Lunatic asylums Central Provinces reports 1874-1885 - 1874-1885
Year: 1874
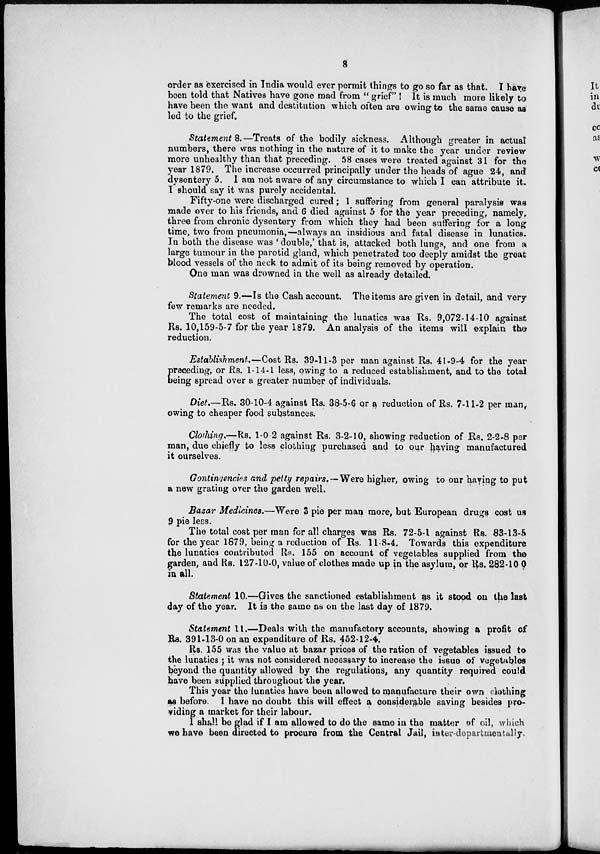
8
order as exercised in India would ever permit things to go so far as that. I have
been told that Natives have gone mad from "grief"
It is much more likely to
have been the want and destitution which often are owing to the same cause as
led to the grief.
Statement 8.—Treats of the bodily sickness. Although greater in actual
numbers, there was nothing in the nature of it to make the year under review
more unhealthy than that preceding. 58 cases were treated against 31 for the
year 1879. The increase occurred principally under the heads of ague 24, and
dysentery 5. 1 am not aware of any circumstance to which I can attribute it.
I should say it was purely accidental.
Fifty-one were discharged cured; I suffering from general paralysis was
made over to his friends, and 6 died against 5 for the year preceding, namely,
three from chronic dysentery from which they had been suffering for a long
time, two from pneumonia,—always an insidious and fatal disease in lunatics.
In both the disease was ' double,' that is, attacked both lungs, and one from a
large tumour in the parotid gland, which penetrated too deeply amidst the great
blood vessels of the neck to admit of its being removed by operation.
One man was drowned in the well as already detailed.
Statement 9.—Is the Cash account. The items are given in detail, and very
few remarks are needed.
The total cost of maintaining the lunatics was Rs. 9,072-14-10 against
Rs. 10,159-5-7 for the year 1879. An analysis of the items will explain the
reduction.
Establishment.—Cost Rs. 39-11-3 per man against Rs. 41-9-4 for the year
P receding, or Rs. 1-14-1 less, owing to a reduced establishment, and to the total
being spread over a greater number of individuals.
Diet.—Rs. 30-10-4 against Rs. 38-5-6 or a reduction of Rs. 7-11-2 per man,
owing to cheaper food substances.
Clothing.—Rs. 1-0 2 against Rs. 3-2-10, showing reduction of Rs. 2-2-8 per
man, due chiefly to less clothing purchased and to our having manufactured
it ourselves.
Contingencies and petty repairs.—Were higher, owing to our having to put
a new grating over the garden well.
Bazar Medicines.—Were 3 pie per man more, but European drugs cost us
9 pie less.
The total cost per man for all charges was Rs. 72-5-1 against Rs. 83-13-5
for the year 1879, being a reduction of Rs. 11-8-4. Towards this expenditure
the lunatics contributed Rs. 155 on account of vegetables supplied from the
garden, and Rs. 127-10-0, value of clothes made up in the asylum, or Rs. 282-10-0
in all.
Statement 10.—Gives the sanctioned establishment as it stood on the last
day of the year. It is the same as on the last day of 1879.
Statement II.—Deals with the manufactory accounts, showing a profit of
Rs. 391-13-0 on an expenditure of Rs. 452-12-4.
Rs. 155 was the value at bazar prices of the ration of vegetables issued to
the lunatics ; it was not considered necessary to increase the issue of vegetables
beyond the quantity allowed by the regulations, any quantity required could
have been supplied throughout the year.
This year the lunatics have been allowed to manufacture their own clothing
as before. I have no doubt this will effect a considerable saving besides pro-
viding a market for their labour.
1 shall be glad if I am allowed to do the same in the matter of oil, which
we have been directed to procure from the Central Jail, inter-departmentally.